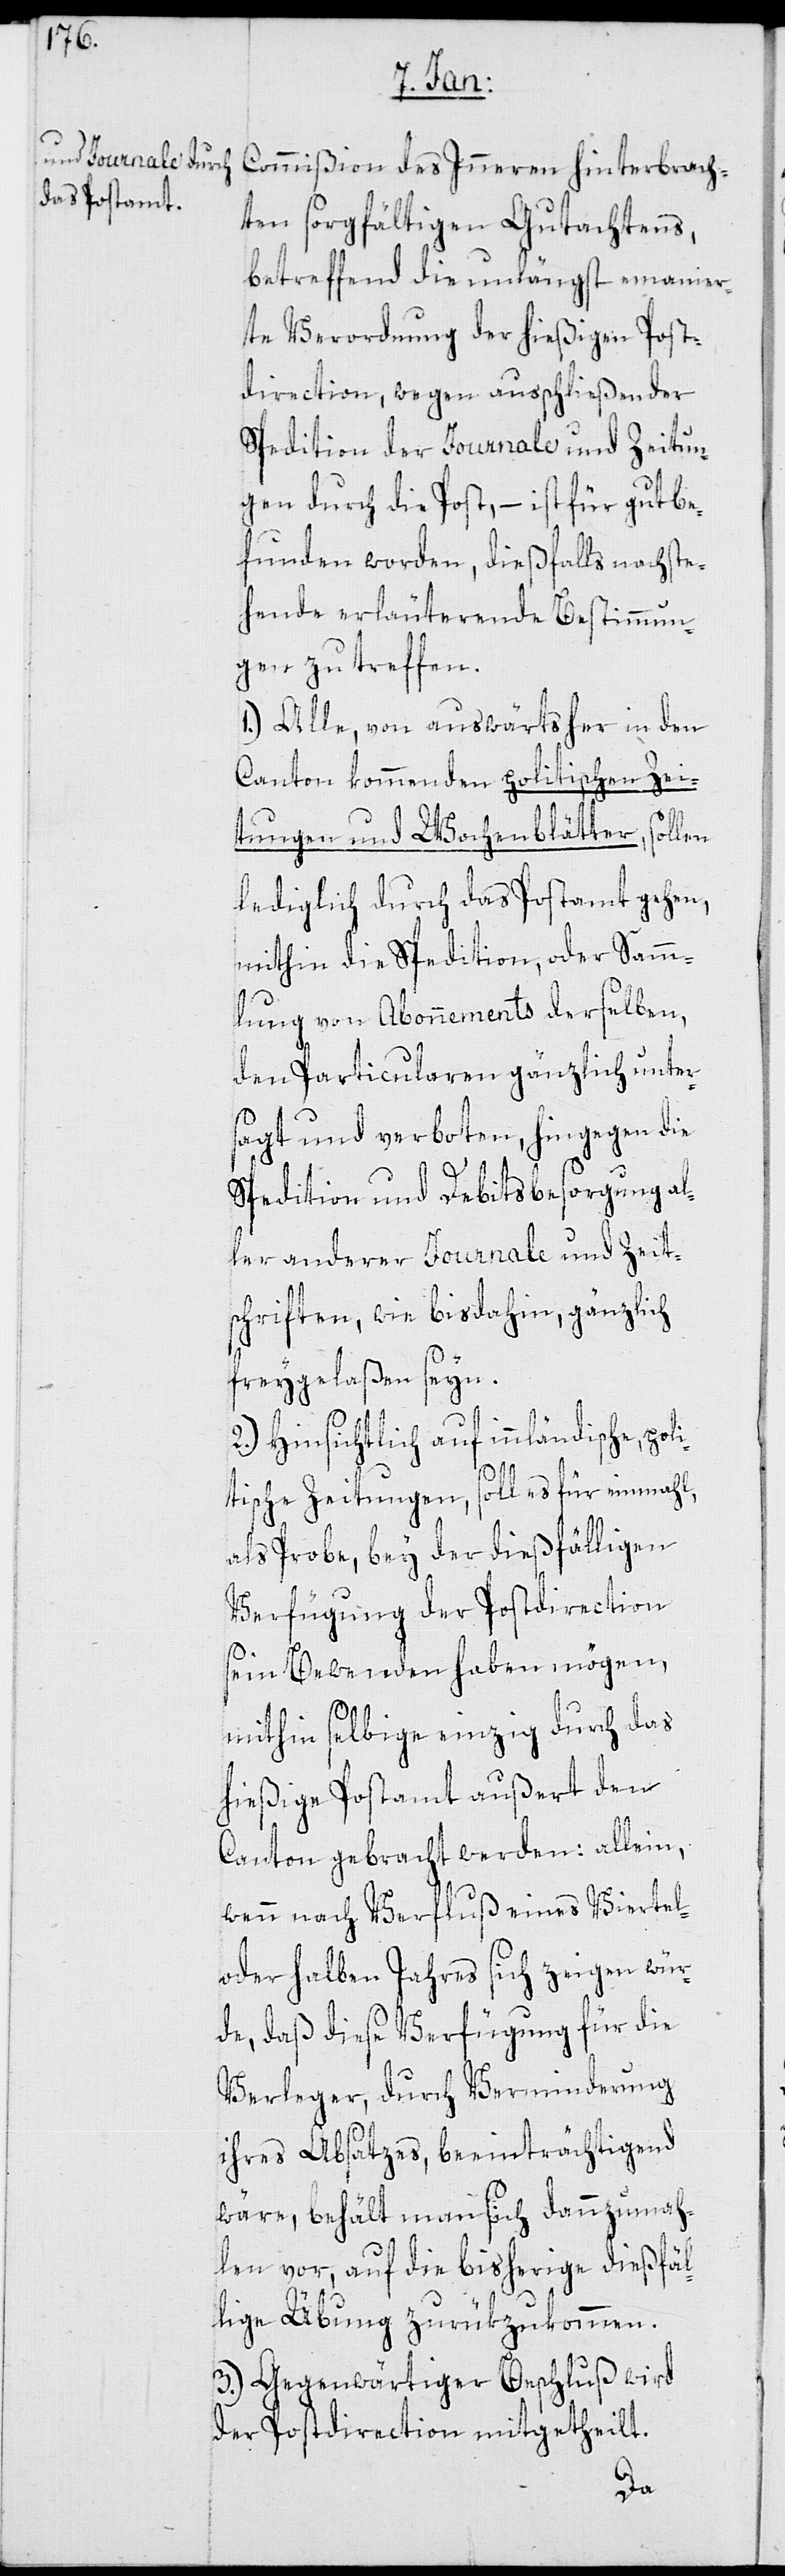
Commißion des Inneren hinterbrach¬
ten sorgfältigen Gutachtens,
betreffend die unlängst emanier¬
te Verordnung der hießigen Post¬
direction, wegen ausschließender
Spedition der Journale und Zeitun¬
gen durch die Post, – ist für gut be¬
funden worden, dießfalls nachste¬
hende erläuternde Bestimmun¬
gen zu treffen.
1.) Alle, von auswärts her in den
Canton kommenden politischen Zei¬
tungen und Wochenblätter, sollen
lediglich durch das Postamt gehen,
mithin die Spedition oder Samm¬
lung von Abonnements derselben,
den Particularen gänzlich unter¬
sagt und verboten, hingegen die
Spedition und Debitsbesorgung al¬
ler anderer Journale und Zeit¬
schriften, wie bisdahin, gänzlich
freygelaßen seyn.
2.) Hinsichtlich auf innländische, poli¬
tische Zeitungen, soll es für einmahl
als Probe, bey der dießfälligen
Verfügung der Postdirection
sein Bewenden haben mögen,
mithin selbige einzig durch das
hießige Postamt außert den
Canton gebracht werden; allein,
wenn nach Verfluß eines Viertel-
oder halben Jahres sich zeigen wür¬
de, daß diese Verfügung für die
Verleger, durch Verminderung
ihres Absatzes, beeinträchtigend
wäre, behält man sich dannzumah¬
len vor, auf die bisherige dießfäl¬
lige Übung zurückzukommen.
3.) Gegenwärtiger Beschluß wird
der Postdirection mitgetheilt.